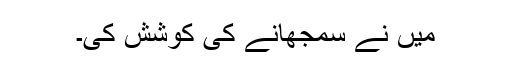
میں نے سمجھانے کی کوشش کی۔